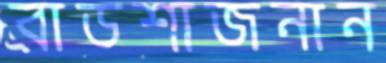
বাডশাজনান